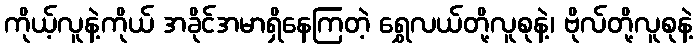
ကိုယ့်လူနဲ့ကိုယ် အခိုင်အမာရှိနေကြတဲ့ ရွှေလယ်တို့လူစုနဲ့၊ ဗိုလ်တို့လူစုနဲ့